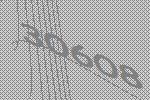
30608